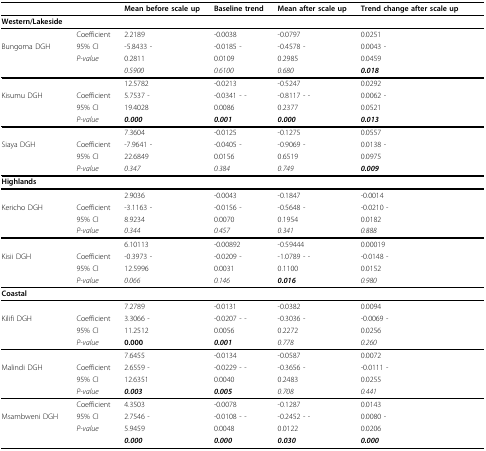
<table><thead><tr><td></td><td></td><td><b>Mean before scale up</b></td><td><b>Baseline trend</b></td><td><b>Mean after scale up</b></td><td><b>Trend change after scale up</b></td><td></td></tr></thead><tbody><tr><td><b>Western/Lakeside</b></td><td></td><td></td><td></td><td></td><td></td><td></td></tr><tr><td></td><td>Coefficient</td><td>2.2189</td><td>-0.0038</td><td>-0.0797</td><td>0.0251</td><td></td></tr><tr><td>Bungoma DGH</td><td>95% CI</td><td>-5.8433 -</td><td>-0.0185 -</td><td>-0.4578 -</td><td>0.0043 -</td><td></td></tr><tr><td></td><td><i>P-value</i></td><td>0.2811</td><td>0.0109</td><td>0.2985</td><td>0.0459</td><td></td></tr><tr><td></td><td></td><td><i>0.5900</i></td><td><i>0.6100</i></td><td><i>0.680</i></td><td><b><i>0.018</i></b></td><td></td></tr><tr><td></td><td></td><td>12.5782</td><td>-0.0213</td><td>-0.5247</td><td>0.0292</td><td></td></tr><tr><td>Kisumu DGH</td><td>Coefficient</td><td>5.7537 -</td><td>-0.0341 - -</td><td>-0.8117 - -</td><td>0.0062 -</td><td></td></tr><tr><td></td><td>95% CI</td><td>19.4028</td><td>0.0086</td><td>0.2377</td><td>0.0521</td><td></td></tr><tr><td></td><td><i>P-value</i></td><td><b><i>0.000</i></b></td><td><b><i>0.001</i></b></td><td><b><i>0.000</i></b></td><td><b><i>0.013</i></b></td><td></td></tr><tr><td></td><td></td><td>7.3604</td><td>-0.0125</td><td>-0.1275</td><td>0.0557</td><td></td></tr><tr><td>Siaya DGH</td><td>Coefficient</td><td>-7.9641 -</td><td>-0.0405 -</td><td>-0.9069 -</td><td>0.0138 -</td><td></td></tr><tr><td></td><td>95% CI</td><td>22.6849</td><td>0.0156</td><td>0.6519</td><td>0.0975</td><td></td></tr><tr><td></td><td><i>P-value</i></td><td><i>0.347</i></td><td><i>0.384</i></td><td><i>0.749</i></td><td><b><i>0.009</i></b></td><td></td></tr><tr><td><b>Highlands</b></td><td></td><td></td><td></td><td></td><td></td><td></td></tr><tr><td></td><td></td><td>2.9036</td><td>-0.0043</td><td>-0.1847</td><td>-0.0014</td><td></td></tr><tr><td>Kericho DGH</td><td>Coefficient</td><td>-3.1163 -</td><td>-0.0156 -</td><td>-0.5648 -</td><td>-0.0210 -</td><td></td></tr><tr><td></td><td>95% CI</td><td>8.9234</td><td>0.0070</td><td>0.1954</td><td>0.0182</td><td></td></tr><tr><td></td><td><i>P-value</i></td><td><i>0.344</i></td><td><i>0.457</i></td><td><i>0.341</i></td><td><i>0.888</i></td><td></td></tr><tr><td></td><td></td><td>6.10113</td><td>-0.00892</td><td>-0.59444</td><td>0.00019</td><td></td></tr><tr><td>Kisii DGH</td><td>Coefficient</td><td>-0.3973 -</td><td>-0.0209 -</td><td>-1.0789 - -</td><td>-0.0148 -</td><td></td></tr><tr><td></td><td>95% CI</td><td>12.5996</td><td>0.0031</td><td>0.1100</td><td>0.0152</td><td></td></tr><tr><td></td><td><i>P-value</i></td><td><i>0.066</i></td><td><i>0.146</i></td><td><b><i>0.016</i></b></td><td><i>0.980</i></td><td></td></tr><tr><td><b>Coastal</b></td><td></td><td></td><td></td><td></td><td></td><td></td></tr><tr><td></td><td></td><td>7.2789</td><td>-0.0131</td><td>-0.0382</td><td>0.0094</td><td></td></tr><tr><td>Kilifi DGH</td><td>Coefficient</td><td>3.3066 -</td><td>-0.0207 - -</td><td>-0.3036 -</td><td>-0.0069 -</td><td></td></tr><tr><td></td><td>95% CI</td><td>11.2512</td><td>0.0056</td><td>0.2272</td><td>0.0256</td><td></td></tr><tr><td></td><td><i>P-value</i></td><td><b>0.000</b></td><td><b><i>0.001</i></b></td><td><i>0.778</i></td><td><i>0.260</i></td><td></td></tr><tr><td></td><td></td><td>7.6455</td><td>-0.0134</td><td>-0.0587</td><td>0.0072</td><td></td></tr><tr><td>Malindi DGH</td><td>Coefficient</td><td>2.6559 -</td><td>-0.0229 - -</td><td>-0.3656 -</td><td>-0.0111 -</td><td></td></tr><tr><td></td><td>95% CI</td><td>12.6351</td><td>0.0040</td><td>0.2483</td><td>0.0255</td><td></td></tr><tr><td></td><td><i>P-value</i></td><td><b><i>0.003</i></b></td><td><b><i>0.005</i></b></td><td><i>0.708</i></td><td><i>0.441</i></td><td></td></tr><tr><td></td><td>Coefficient</td><td>4.3503</td><td>-0.0078</td><td>-0.1287</td><td>0.0143</td><td></td></tr><tr><td>Msambweni DGH</td><td>95% CI</td><td>2.7546 -</td><td>-0.0108 - -</td><td>-0.2452 - -</td><td>0.0080 -</td><td></td></tr><tr><td></td><td><i>P-value</i></td><td>5.9459</td><td>0.0048</td><td>0.0122</td><td>0.0206</td><td></td></tr><tr><td></td><td></td><td><b><i>0.000</i></b></td><td><b><i>0.000</i></b></td><td><b><i>0.030</i></b></td><td><b><i>0.000</i></b></td><td></td></tr></tbody></table>